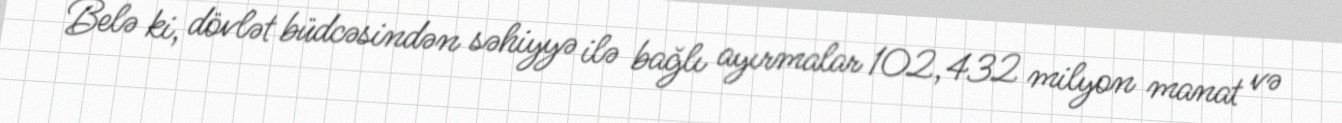
Belə ki, dövlət büdcəsindən səhiyyə ilə bağlı ayırmalar 102,432 milyon manat və